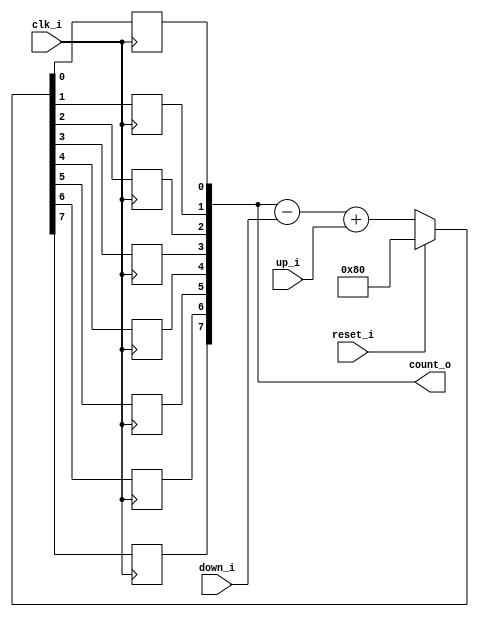
// This program was cloned from: https://github.com/NYU-MLDA/OpenABC
// License: BSD 3-Clause "New" or "Revised" License

module bsg_counter_up_down_variable_max_val_p128_init_val_p128_max_step_p128
(
  clk_i,
  reset_i,
  up_i,
  down_i,
  count_o
);

  input [7:0] up_i;
  input [7:0] down_i;
  output [7:0] count_o;
  input clk_i;
  input reset_i;
  wire N0,N1,N2,N3,N4,N5,N6,N7,N8,N9,N10,N11,N12,N13,N14,N15,N16,N17,N18,N19,N20,N21,
  N22,N23,N24,N25,N26;
  reg [7:0] count_o;

  always @(posedge clk_i) begin
    if(1'b1) begin
      count_o[7] <= N26;
    end 
  end


  always @(posedge clk_i) begin
    if(1'b1) begin
      count_o[6] <= N25;
    end 
  end


  always @(posedge clk_i) begin
    if(1'b1) begin
      count_o[5] <= N24;
    end 
  end


  always @(posedge clk_i) begin
    if(1'b1) begin
      count_o[4] <= N23;
    end 
  end


  always @(posedge clk_i) begin
    if(1'b1) begin
      count_o[3] <= N22;
    end 
  end


  always @(posedge clk_i) begin
    if(1'b1) begin
      count_o[2] <= N21;
    end 
  end


  always @(posedge clk_i) begin
    if(1'b1) begin
      count_o[1] <= N20;
    end 
  end


  always @(posedge clk_i) begin
    if(1'b1) begin
      count_o[0] <= N19;
    end 
  end

  assign { N10, N9, N8, N7, N6, N5, N4, N3 } = count_o - down_i;
  assign { N18, N17, N16, N15, N14, N13, N12, N11 } = { N10, N9, N8, N7, N6, N5, N4, N3 } + up_i;
  assign { N26, N25, N24, N23, N22, N21, N20, N19 } = (N0)? { 1'b1, 1'b0, 1'b0, 1'b0, 1'b0, 1'b0, 1'b0, 1'b0 } : 
                                                      (N1)? { N18, N17, N16, N15, N14, N13, N12, N11 } : 1'b0;
  assign N0 = reset_i;
  assign N1 = N2;
  assign N2 = ~reset_i;

endmodule